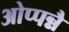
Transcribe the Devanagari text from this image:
ओप्पन्नै